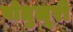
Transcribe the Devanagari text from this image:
पोतुलूरी